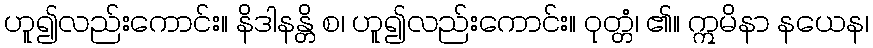
ဟူ၍လည်းကောင်း။ နိဒါနန္တိ စ၊ ဟူ၍လည်းကောင်း။ ဝုတ္တံ၊ ၏။ ဣမိနာ နယေန၊